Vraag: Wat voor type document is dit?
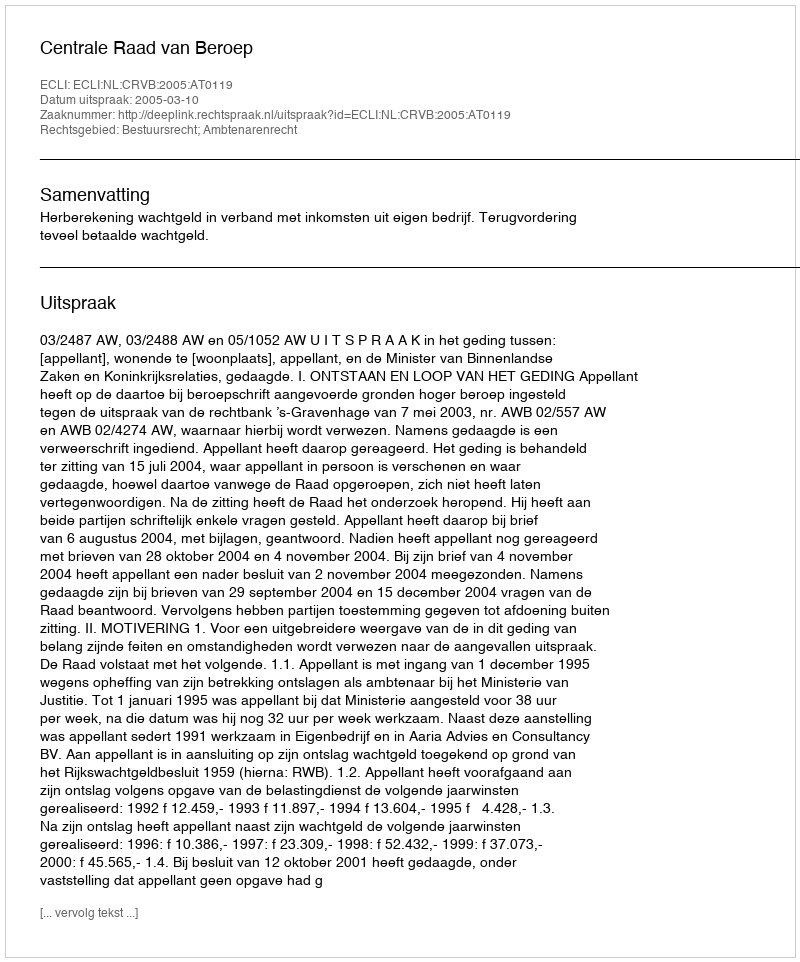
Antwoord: Uitspraak